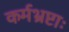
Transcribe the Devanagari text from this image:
कर्मभ्रष्टाः